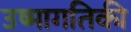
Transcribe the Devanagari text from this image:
उष्‍मागतिकी